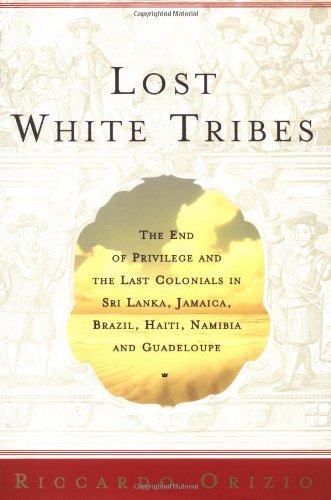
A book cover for Lost White Tribes: The End of Privilege and the Last Colonials in Sri Lanka, Jamaica, Brazil, Haiti, Namibia, and Guadeloupe; Riccardo Orizio; Travel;